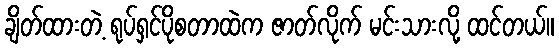
ချိတ်ထားတဲ့ ရုပ်ရှင်ပိုစတာထဲက ဇာတ်လိုက် မင်းသားလို့ ထင်တယ်။